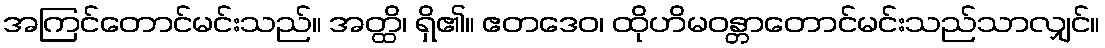
အကြင်တောင်မင်းသည်။ အတ္ထိ၊ ရှိ၏။ ဧတဒေဝ၊ ထိုဟိမဝန္တာတောင်မင်းသည်သာလျှင်။